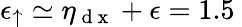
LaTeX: \epsilon_{\uparrow}\simeq\eta_{\mathrm{~d~x~}}+\epsilon=1.5\